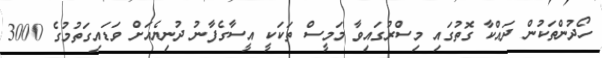
ހޯދުންތަކުން ދައްކާ ގޮތުގައި މިސްރުގައިވާ މަމީސް ތަކަކީ އީސާގެފާނު ދުނިޔެއަށް ވަޑައިގަތުމުގެ 3000